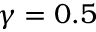
\gamma = 0 . 5